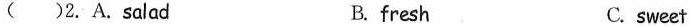
( )2. A.salad B. fresh C. sweet